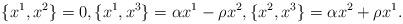
LaTeX: \begin{align*}\{ x^1, x^2 \} = 0, \{ x^1, x^3 \} = \alpha x^1 - \rho x^2, \{ x^2, x^3 \} = \alpha x^2 + \rho x^1. \end{align*}